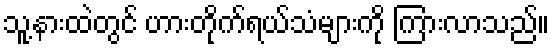
သူ့နားထဲတွင် ဟားတိုက်ရယ်သံများကို ကြားလာသည်။